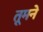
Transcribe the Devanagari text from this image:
तूमने